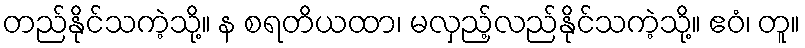
တည်နိုင်သကဲ့သို့။ န စရတိယထာ၊ မလှည့်လည်နိုင်သကဲ့သို့။ ဧဝံ၊ တူ။